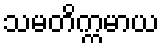
သမတိက္ကမာယ